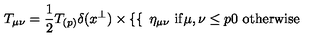
T _ { \mu \nu } = { \frac { 1 } { 2 } } T _ { ( p ) } \delta ( x ^ { \perp } ) \times \left\{ \begin{cases} { } & { \eta _ { \mu \nu } \ \mathrm { i f } \mu , \nu \leq p } \\ { } & { 0 \ \mathrm { o t h e r w i s e } } \\ \end{cases} \right.